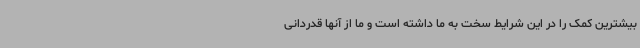
بیشترین کمک را در این شرایط سخت به ما داشته است و ما از آنها قدردانی